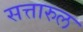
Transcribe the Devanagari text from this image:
सत्तारुल